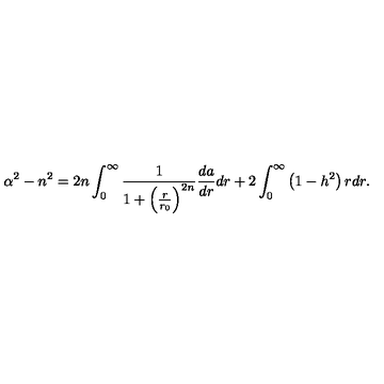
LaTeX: \alpha ^ { 2 } - n ^ { 2 } = 2 n \int _ { 0 } ^ { \infty } { \frac { 1 } { 1 + \left( { \frac { r } { r _ { 0 } } } \right) ^ { 2 n } } } { \frac { d a } { d r } } d r + 2 \int _ { 0 } ^ { \infty } \left( 1 - h ^ { 2 } \right) r d r .